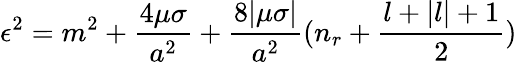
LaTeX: \epsilon^{2}=m^{2}+\frac{4\mu\sigma}{a^{2}}+\frac{8|\mu\sigma|}{a^{2}}(n_{r}+\frac{l+|l|+1}{2})